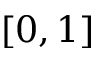
[ 0 , 1 ]